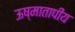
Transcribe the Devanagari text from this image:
ऊष्मातापीय